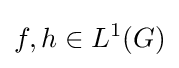
f,h\in L^{1}(G)